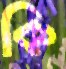
কি